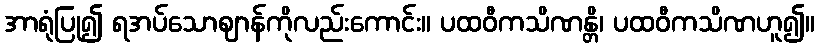
အာရုံပြု၍ ရအပ်သောဈာန်ကိုလည်းကောင်း။ ပထဝီကသိဏန္တိ၊ ပထဝီကသိဏဟူ၍။